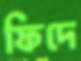
ফিদে